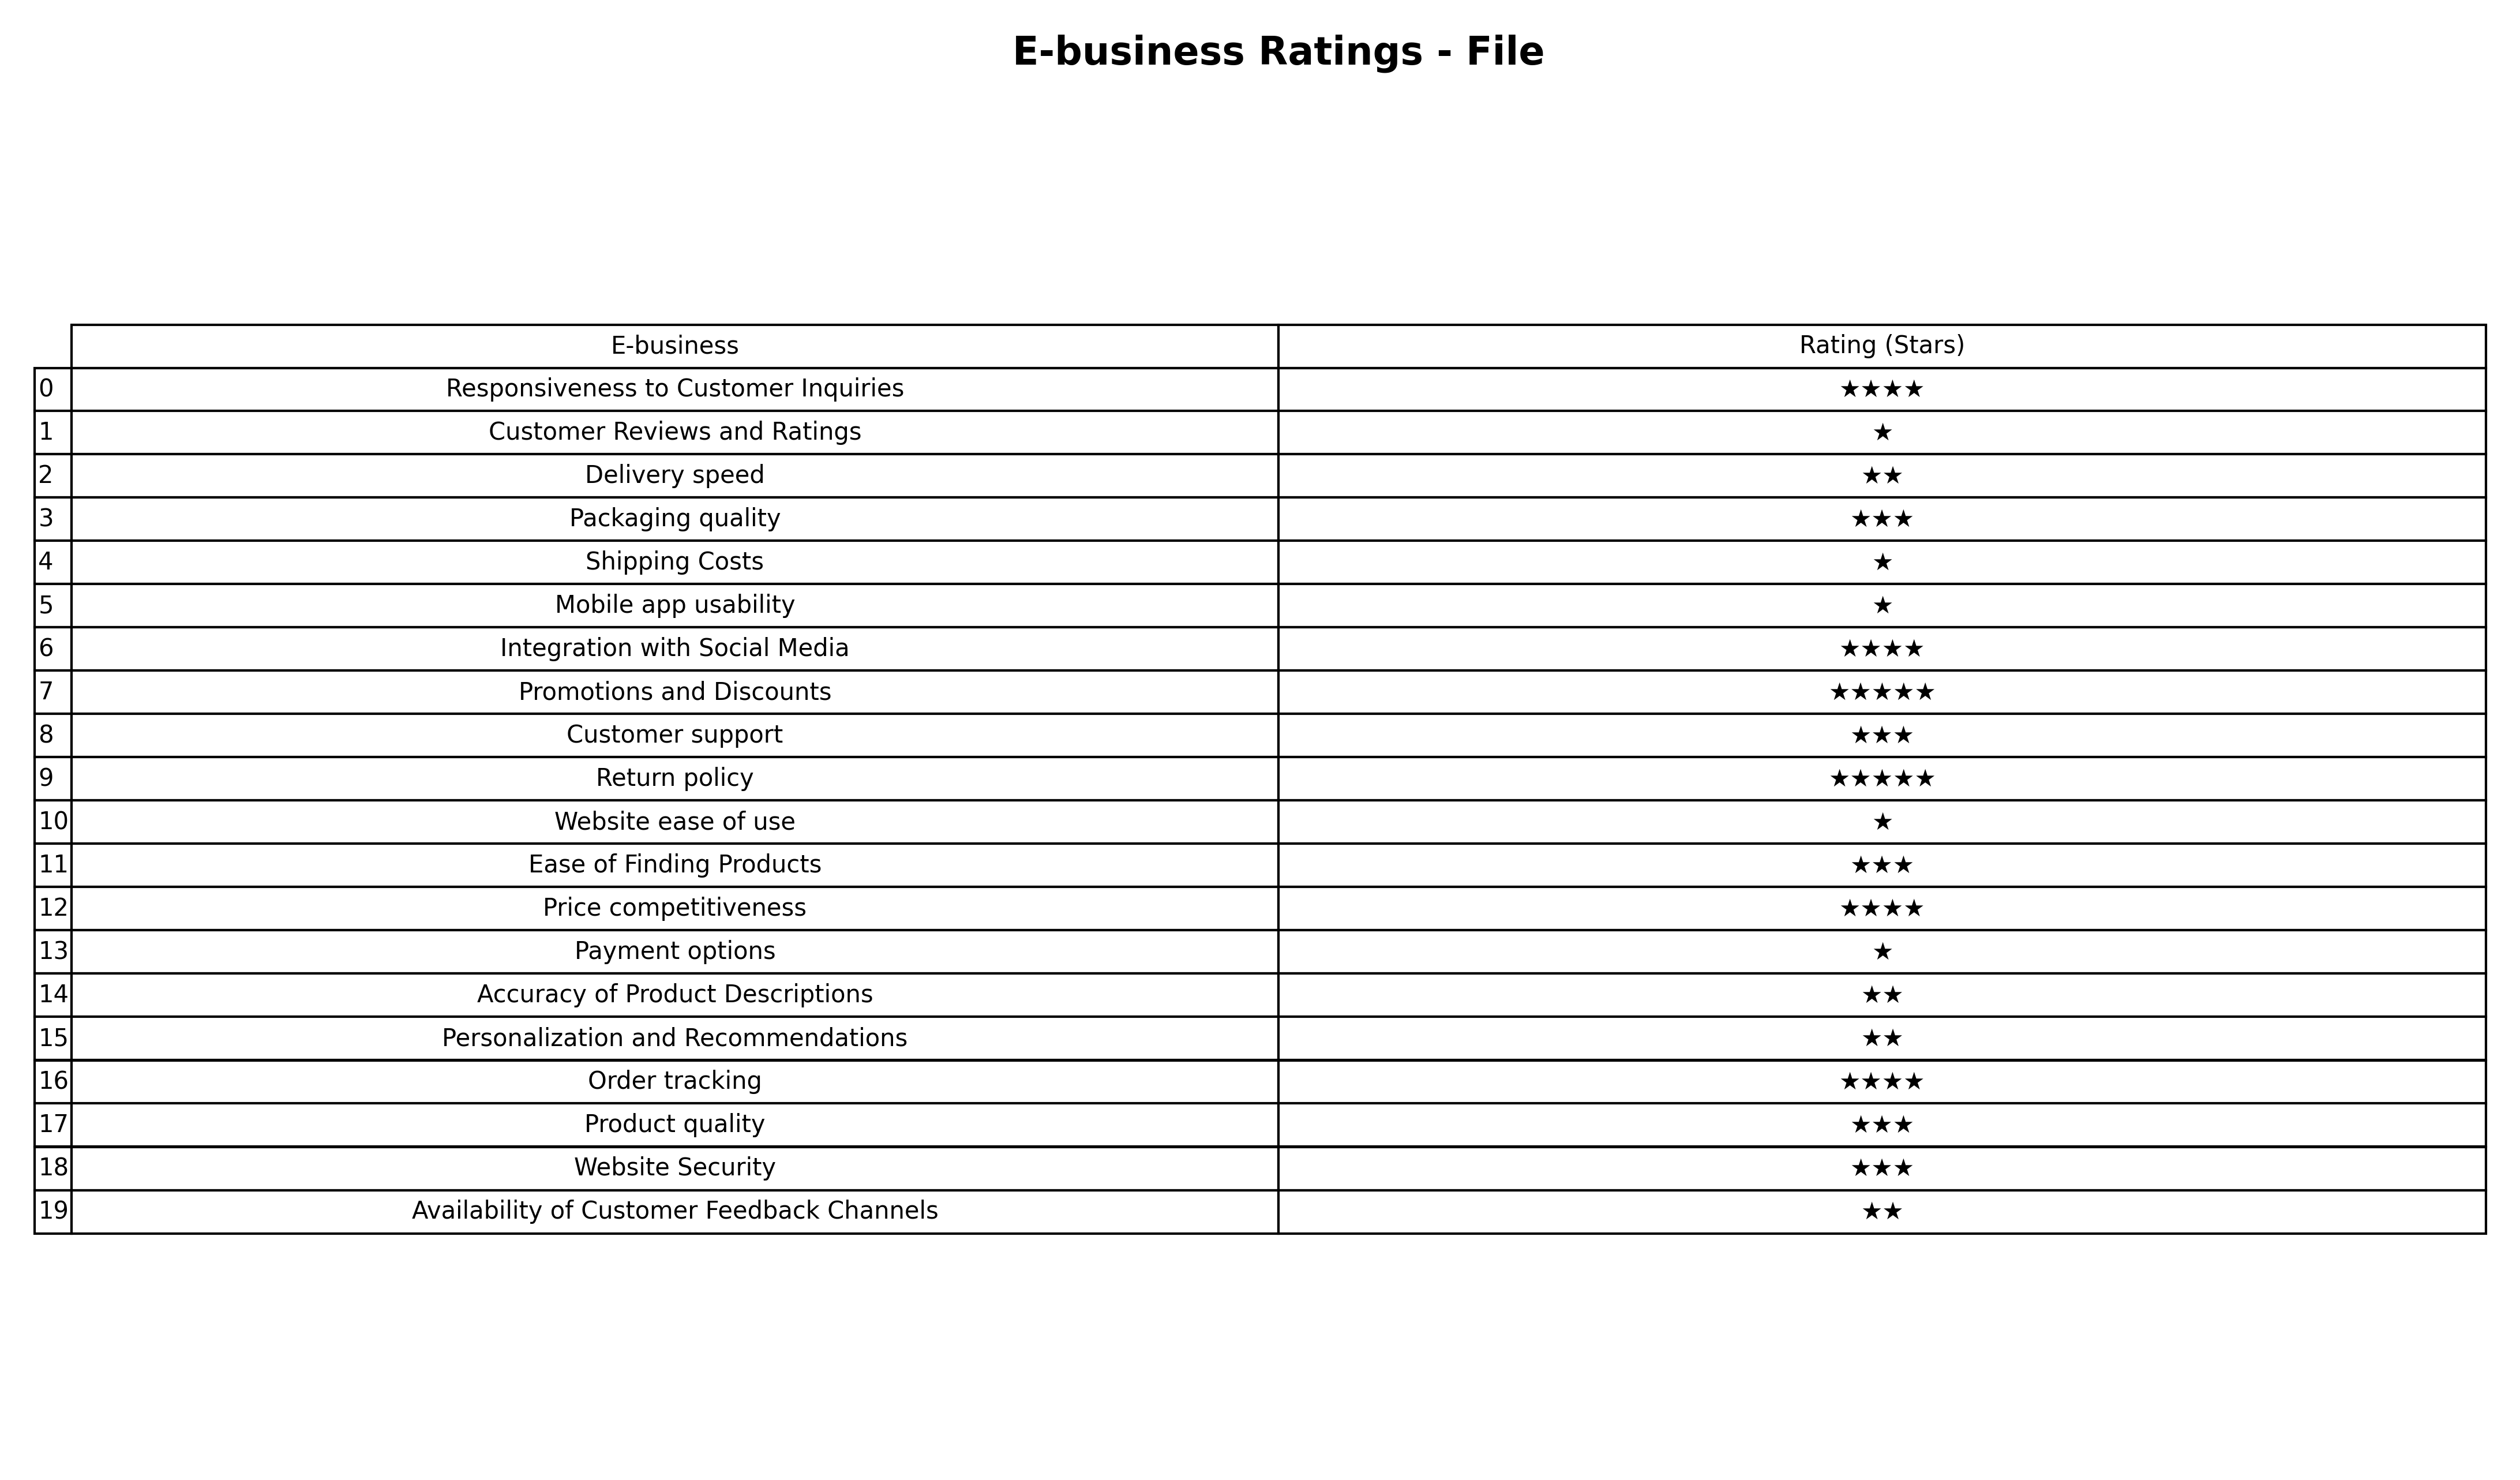
question: What is the rating of Ease of Finding Products?
answer: ★★★